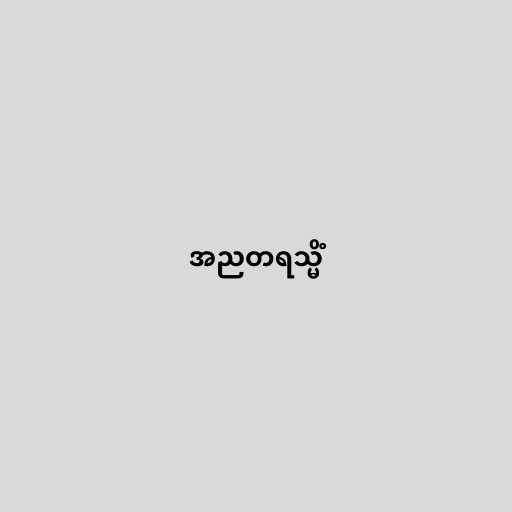
အညတရသ္မိံ